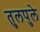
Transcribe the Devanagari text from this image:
तुलपुले